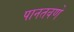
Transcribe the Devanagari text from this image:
पानतवणे